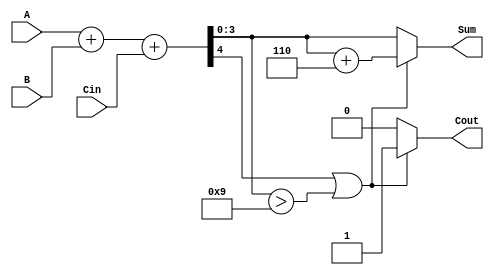
module BCD_Conditional_Adder (
    input  [3:0] A,      // First BCD digit
    input  [3:0] B,      // Second BCD digit
    input        Cin,     // Carry-in
    output reg [3:0] Sum, // BCD sum
    output reg Cout       // Carry-out
);

    wire [4:0] S;        // 5-bit sum to hold A + B + Cin
    wire [4:0] corrected_sum;

    // Binary addition of A, B, and Cin
    assign S = A + B + Cin;

    // BCD correction logic
    always @(*) begin
        // Default values
        Sum = 4'b0000;
        Cout = 1'b0;

        // Check if the sum exceeds 9
        if (S[4] || (S[3:0] > 4'b1001)) begin
            // If S is greater than or equal to 10, add 6 (0110)
            corrected_sum = S + 5'b00110;
            Sum = corrected_sum[3:0]; // Take the lower 4 bits
            Cout = 1'b1; // Carry out is set
        end else begin
            // No correction needed
            Sum = S[3:0]; // Take the lower 4 bits
            Cout = 1'b0; // No carry out
        end
    end

endmodule